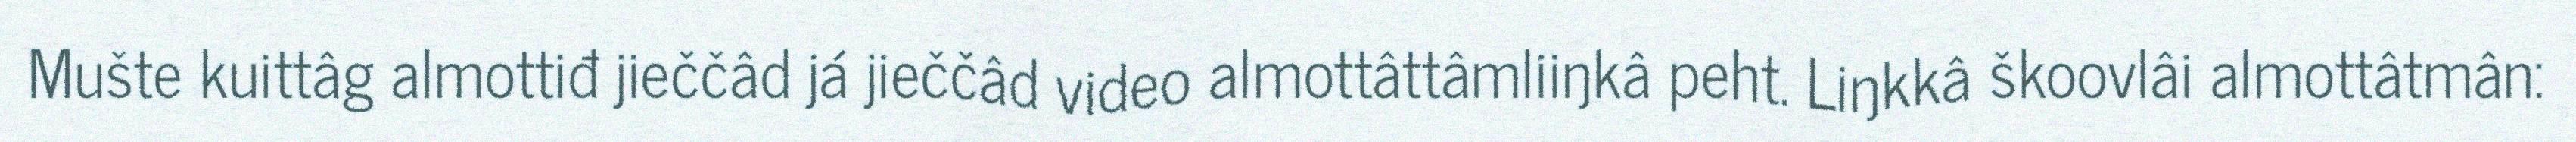
Mušte kuittâg almottiđ jieččâd já jieččâd video almottâttâmliiŋkâ peht. Liŋkkâ škoovlâi almottâtmân: